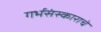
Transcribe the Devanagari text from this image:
गर्भसंस्काराचे